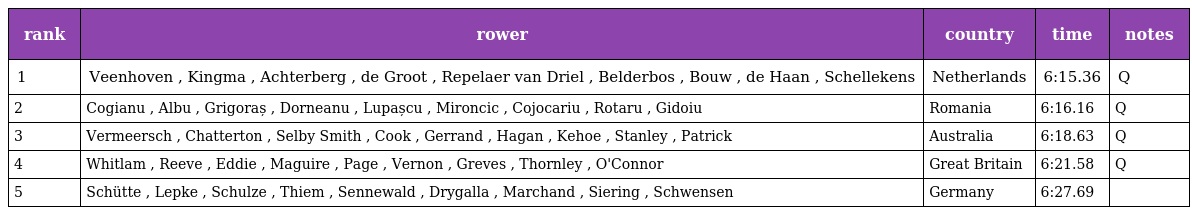
| rank | rower | country | time | notes |
 | --- | --- | --- | --- | --- |
 | 1 | Veenhoven , Kingma , Achterberg , de Groot , Repelaer van Driel , Belderbos , Bouw , de Haan , Schellekens | Netherlands | 6:15.36 | Q |
 | 2 | Cogianu , Albu , Grigoraș , Dorneanu , Lupașcu , Mironcic , Cojocariu , Rotaru , Gidoiu | Romania | 6:16.16 | Q |
 | 3 | Vermeersch , Chatterton , Selby Smith , Cook , Gerrand , Hagan , Kehoe , Stanley , Patrick | Australia | 6:18.63 | Q |
 | 4 | Whitlam , Reeve , Eddie , Maguire , Page , Vernon , Greves , Thornley , O'Connor | Great Britain | 6:21.58 | Q |
 | 5 | Schütte , Lepke , Schulze , Thiem , Sennewald , Drygalla , Marchand , Siering , Schwensen | Germany | 6:27.69 |  |